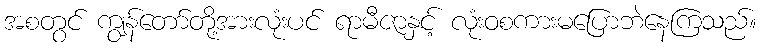
အစတွင် ကျွန်တော်တို့အားလုံးပင် ရာမီဇာနှင့် လုံးဝစကားမပြောဘဲနေကြသည်။